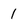
Character: 1